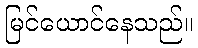
မြင်ယောင်နေသည်။